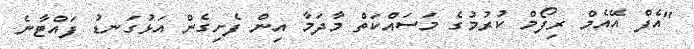
"އެފް އޭއެމް ރިފޯމް ކުރުމުގެ މަސައްކަތް މާދަމާ އިން ފެށިގެން އަޅުގަނޑު ފައްޓާނެ